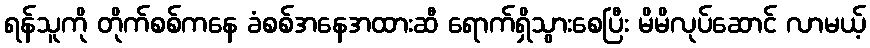
ရန်သူကို တိုက်စစ်ကနေ ခံစစ်အနေအထားဆီ ရောက်ရှိသွားစေပြီး မိမိလုပ်ဆောင် လာမယ့်